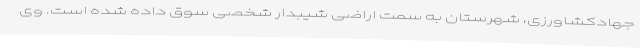
جهادکشاورزی، شهرستان به سمت اراضی شیبدار شخصی سوق داده شده است. وی